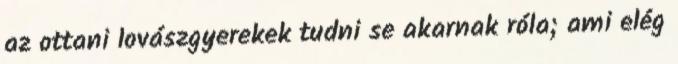
az ottani lovászgyerekek tudni se akarnak róla; ami elég